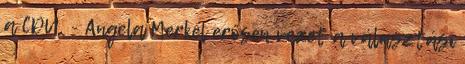
a CDU. - Angela Merkel erősen vezet a választási